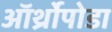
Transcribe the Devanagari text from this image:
ऑर्थ्रोपोडा